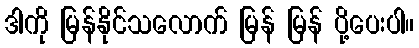
ဒါကို မြန်နိုင်သလောက် မြန် မြန် ပို့ပေးပါ။